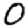
Digit: 0